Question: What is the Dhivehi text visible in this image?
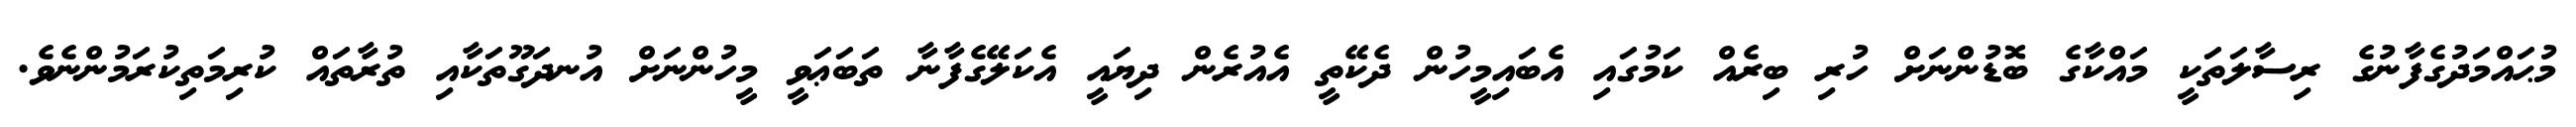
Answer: މުޙައްމަދުގެފާނުގެ ރިސާލަތަކީ މައްކާގެ ބޮޑުންނަށް ހުރި ބިރެއް ކަމުގައި އެބައިމީހުން ދެކޭތީ އެއުރެން ދިޔައީ އެކަލޭގެފާނާ ތަބަޢަވީ މީހުންނަށް އުނދަގޫތަކާއި ތުރާތައް ކުރިމަތިކުރަމުންނެވެ.